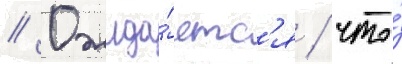
// Ожида́етс'я / что́